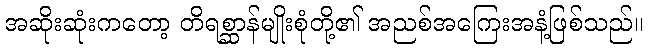
အဆိုးဆုံးကတော့ တိရစ္ဆာန်မျိုးစုံတို့၏ အညစ်အကြေးအနံ့ဖြစ်သည်။